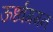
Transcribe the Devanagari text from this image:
ऊर्ध्वगमन